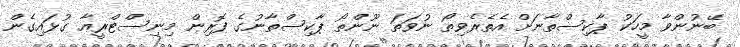
ބޭނުންވާ މީހަކު ޕާކިސްތާނަށް އެތެރެވިތޯ ނުވަތަ ނޫންތޯ ޕާކިސްތާނުގެ ފޮރިން މިނިސްޓްރީއާ ގުޅައިގެން